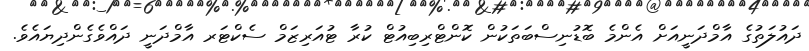
ދައުލަތުގެ އާމްދަނީއަށް އެންމެ ބޮޑުނިސްބަތަކުން ކޮންޓްރިބިއުޓް ކުރާ ޓުއަރިޒަމް ސެކްޓަރ އާމްދަނީ ދައްވެގެންދިޔައެވެ.